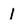
Character: 1